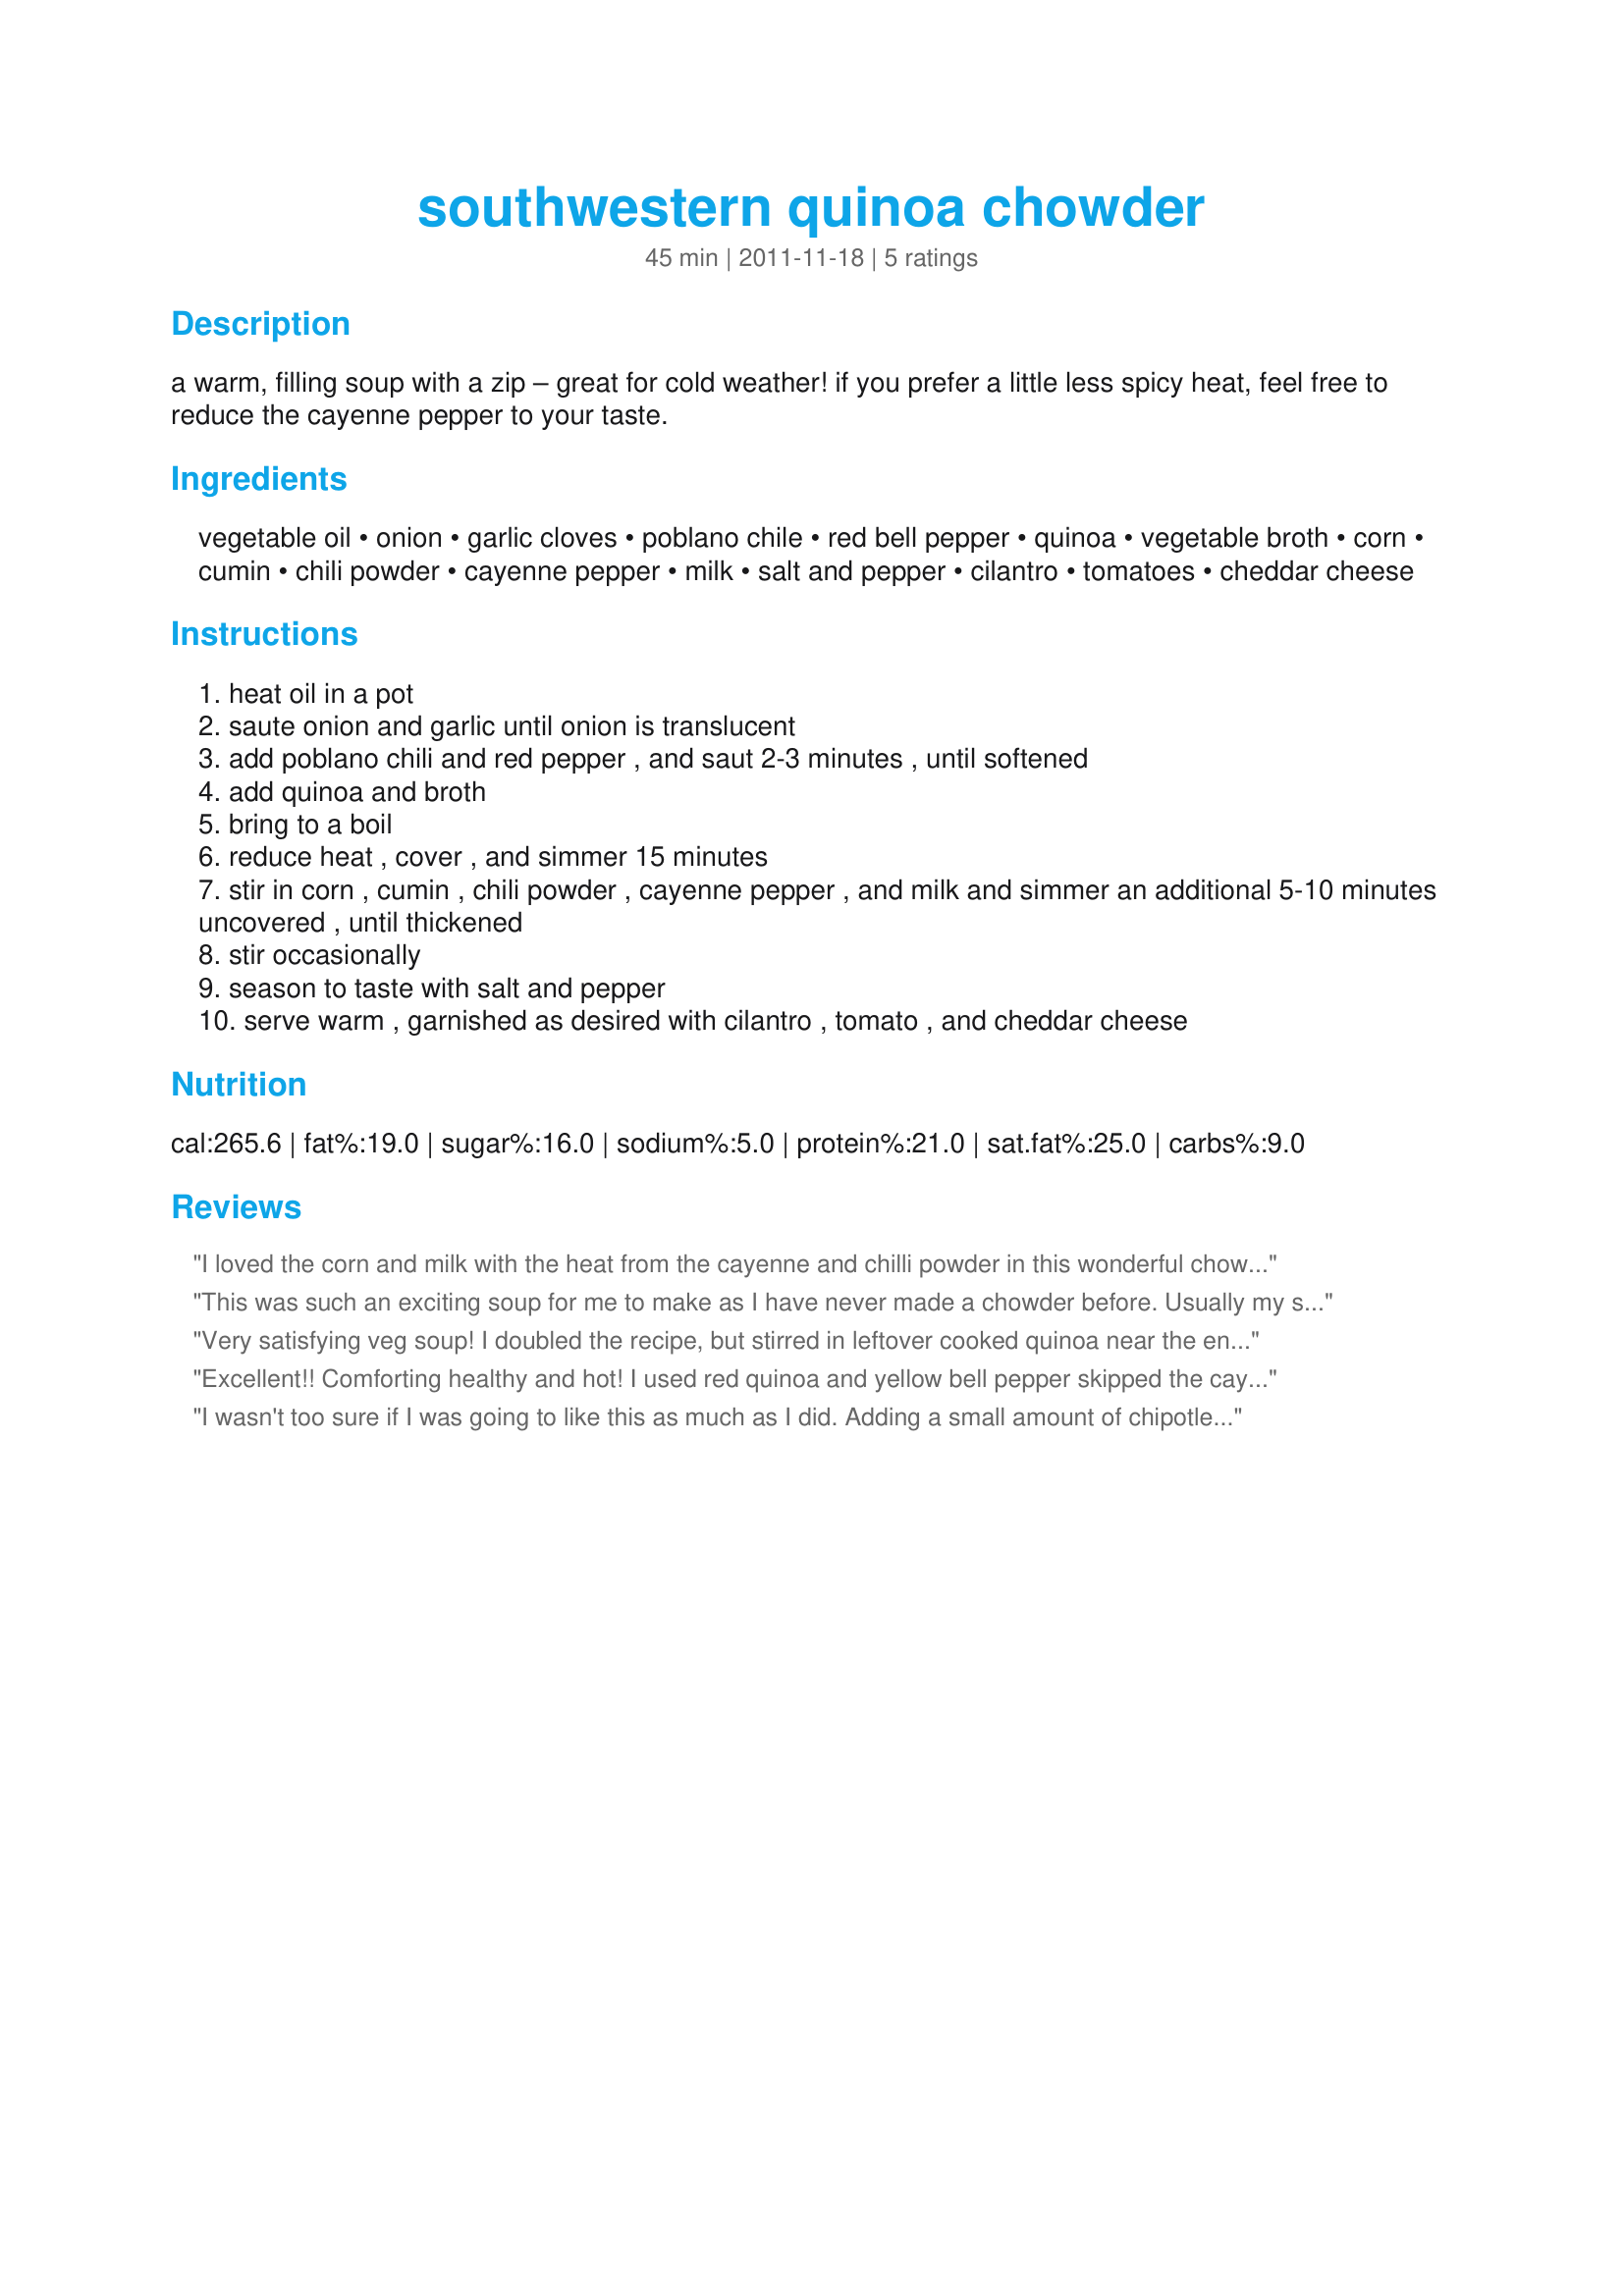
southwestern quinoa chowder
Preparation time: 45 minutes

a warm, filling soup with a zip – great for cold weather! if you prefer a little less spicy heat, feel free to reduce the cayenne pepper to your taste.

Ingredients:
vegetable oil, onion, garlic cloves, poblano chile, red bell pepper, quinoa, vegetable broth, corn, cumin, chili powder, cayenne pepper, milk, salt and pepper, cilantro, tomatoes, cheddar cheese

Steps:
heat oil in a pot
saute onion and garlic until onion is translucent
add poblano chili and red pepper , and saut 2-3 minutes , until softened
add quinoa and broth
bring to a boil
reduce heat , cover , and simmer 15 minutes
stir in corn , cumin , chili powder , cayenne pepper , and milk and simmer an additional 5-10 minutes uncovered , until thickened
stir occasionally
season to taste with salt and pepper
serve warm , garnished as desired with cilantro , tomato , and cheddar cheese

Reviews:
I loved the corn and milk with the heat from the cayenne and chilli powder in this wonderful chowder. They gave just the right amount of heat. I was worried about the cumin, but it was spot on. The chowder is thick, filling, creamy, delish, comforting, colourful and healthy! I used the garnish, but basil in place of cilantro as I cant stand the latter. YUMMO, thumbs up!<br/>I made half the recipe using a green bell peppe in place of the poblano because I couldnt get that here and I made my own broth.<br/>THANK YOU SO MUCH for sharing your creation and good luck in the contest!<br/>Made and reviewed for Craze-E Fall 2011.
This was such an exciting soup for me to make as I have never made a chowder before. Usually my soups are always tomato based. I loved the quinoa in this and the 2 children of mine that had this tonight for dinner were really enthusiastic about it. I adorned mine with avocado and diced tomato. I cannot get poblano chile here so used a green pepper. Great Sunday night meal !!
Very satisfying veg soup! I doubled the recipe, but stirred in leftover cooked quinoa near the end. The cayenne was too much for my family. I also added a can of diced tomatoes.
Excellent!! Comforting healthy and hot! I used red quinoa and yellow bell pepper skipped the cayenne didn't need it at all because my poblano was nice and hot. For the tomato I used salsa. Used low fat milk. Thanks for a winning great soup!
I wasn't too sure if I was going to like this as much as I did. Adding a small amount of chipotle powder and Spanish smoked paprika took the chowder to the next level. Served with cornbread-this was a satisfying mid-week meal. Reviewed for Veg Tag/March. Skipped the tomatoes on top (yucky this time of year) and replaced cheddar with a little bit of freshly grated Parmesan. Thanks, Starry!
